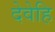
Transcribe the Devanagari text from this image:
देवेहि